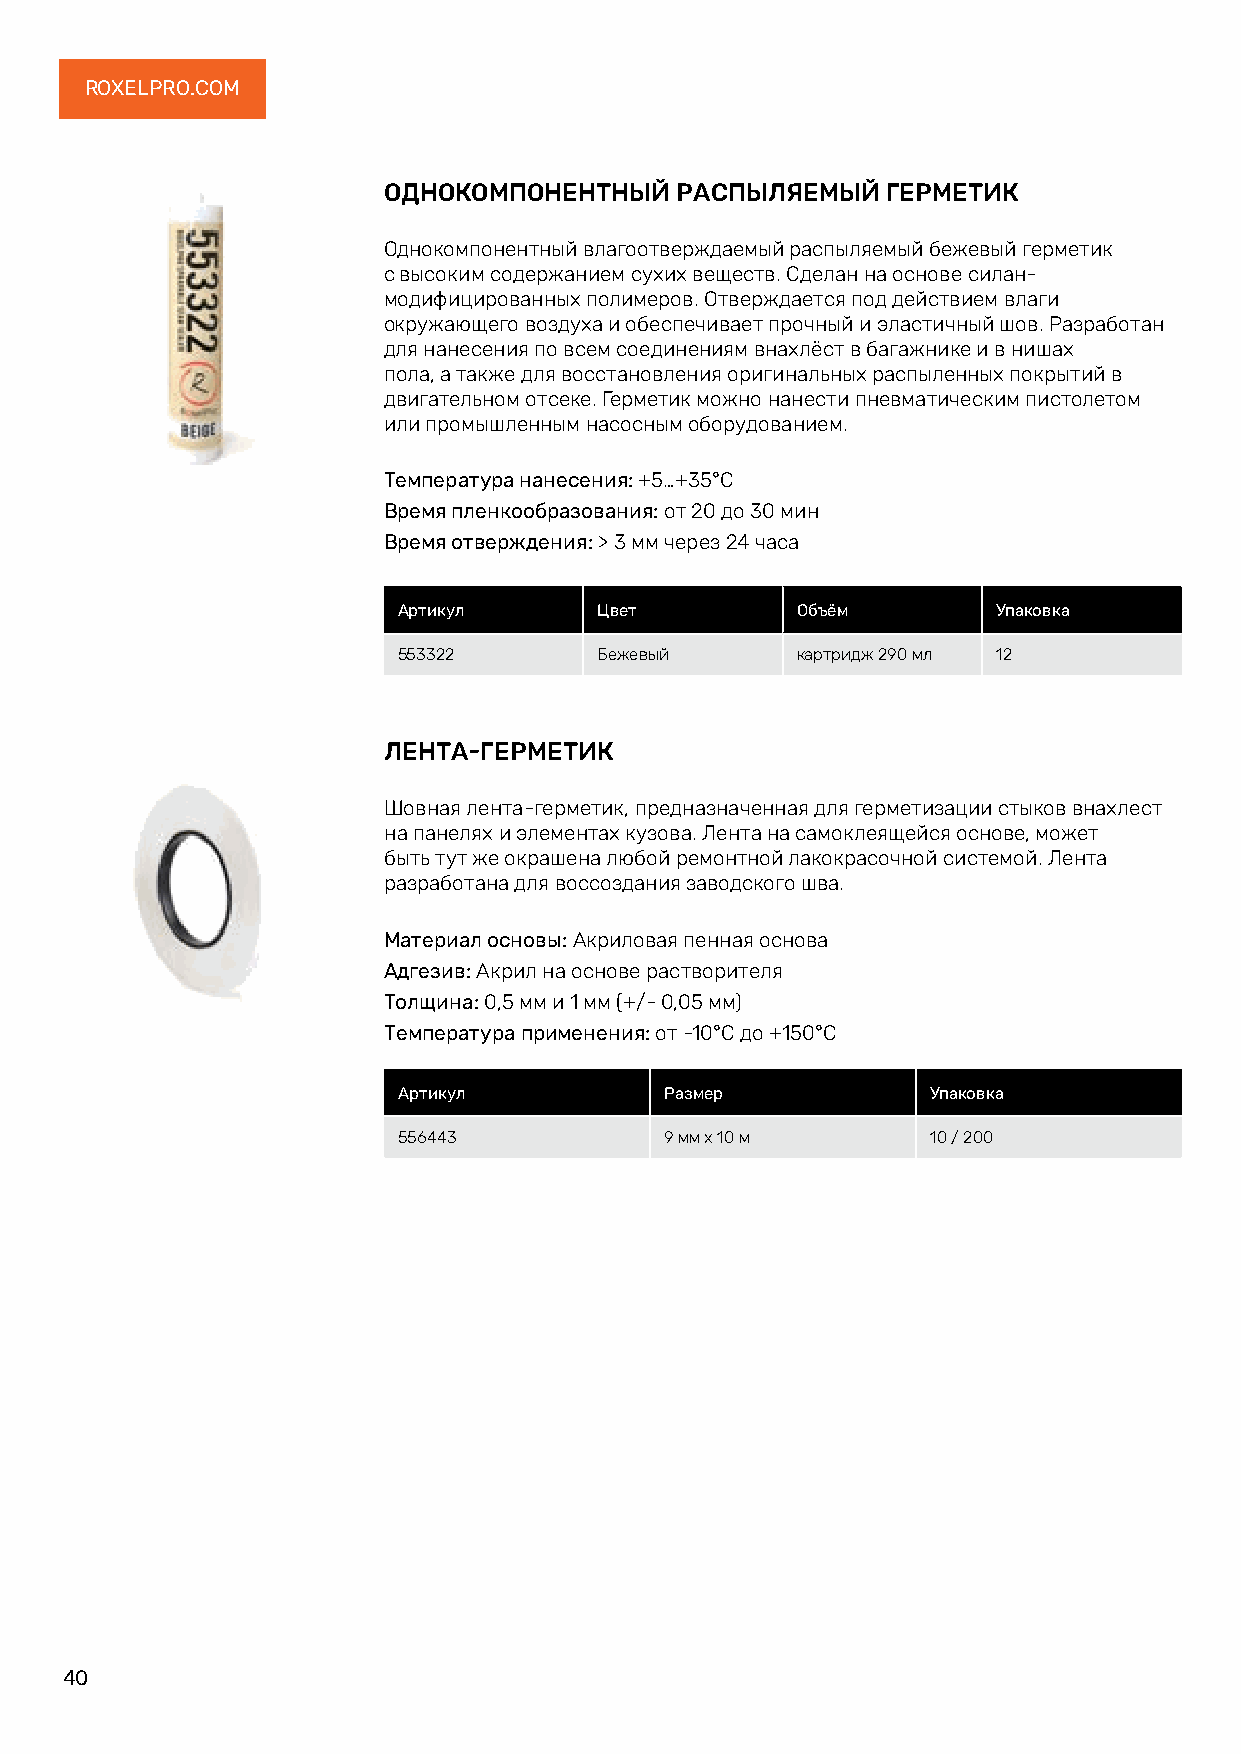
ROXELPRO.COM
 ОДНОКОМПОНЕНТНЫЙ    РАСПЫЛЯЕМЫЙ   ГЕРМЕТИК
 Однокомпонентный влагоотверждаемый распыляемый бежевый герметик
 с высоким содержанием сухих веществ. Сделан на основе силан-
 модифицированных полимеров. Отверждается под действием влаги
 окружающего воздуха и обеспечивает прочный и эластичный шов. Разработан
 для нанесения по всем соединениям внахлёст в багажнике и в нишах
 пола, а также для восстановления оригинальных распыленных покрытий в
 двигательном отсеке. Герметик можно нанести пневматическим пистолетом
 или промышленным насосным оборудованием.
 Температура нанесения: +5…+35°C
 Время пленкообразования: от 20 до 30 мин
 Время отверждения: > 3 мм через 24 часа
 Артикул       Цвет         Объём        Упаковка
 553322        Бежевый      картридж 290 мл 12
 ЛЕНТА-ГЕРМЕТИК
 Шовная лента-герметик, предназначенная для герметизации стыков внахлест
 на панелях и элементах кузова. Лента на самоклеящейся основе, может
 быть тут же окрашена любой ремонтной лакокрасочной системой. Лента
 разработана для воссоздания заводского шва.
 Материал основы: Акриловая пенная основа
 Адгезив: Акрил на основе растворителя
 Толщина: 0,5 мм и 1 мм (+/- 0,05 мм)
 Температура применения: от -10°C до +150°C
 Артикул           Размер            Упаковка
 556443            9 мм х 10 м       10 / 200
 40